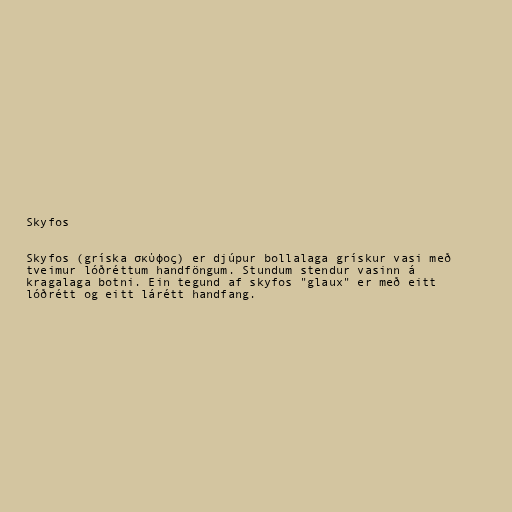
Skyfos

Skyfos (gríska σκύφος) er djúpur bollalaga grískur vasi með
tveimur lóðréttum handföngum. Stundum stendur vasinn á
kragalaga botni. Ein tegund af skyfos "glaux" er með eitt
lóðrétt og eitt lárétt handfang.